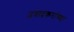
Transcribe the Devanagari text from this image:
उत्रादकरांच्या